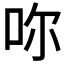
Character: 𠰚